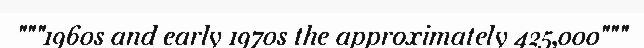
"""1960s and early 1970s the approximately 425,000"""